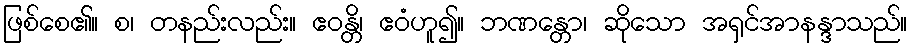
ဖြစ်စေ၏။ စ၊ တနည်းလည်း။ ဧဝန္တိ၊ ဧဝံဟူ၍။ ဘဏန္တော၊ ဆိုသော အရှင်အာနန္ဒာသည်။